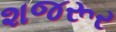
શજરૂર